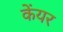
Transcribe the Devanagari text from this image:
केंयर